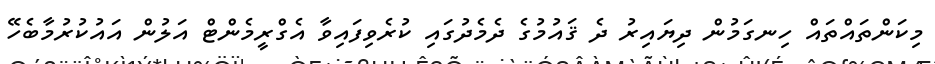
މިކަންތައްތައް ހިނގަމުން ދިޔައިރު ދެ ޤައުމުގެ ދެމެދުގައި ކުރެވިފައިވާ އެގްރީމެންޓް އަލުން އައުކުރުމާބެހޭ